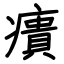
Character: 㿉